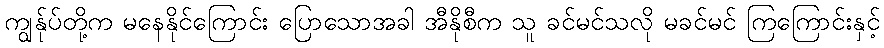
ကျွန်ုပ်တို့က မနေနိုင်ကြောင်း ပြောသောအခါ အီနိုစီက သူ ခင်မင်သလို မခင်မင် ကြကြောင်းနှင့်